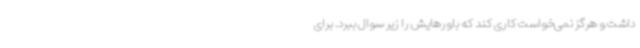
داشت و هرگز نمی‌خواست کاری کند که باورهایش را زیر سوال ببرد. برای